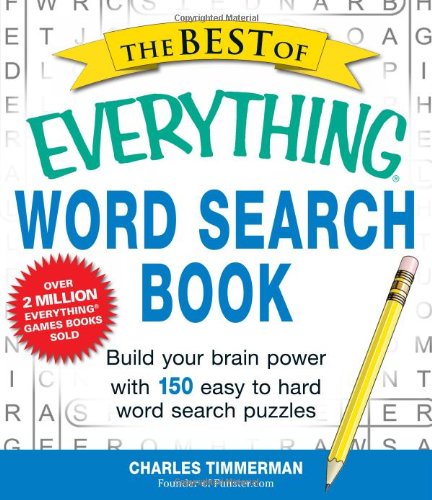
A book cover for The Best of Everything Word Search Book: Build Your Brain Power with 150 Easy to Hard Word Search Puzzles; Charles Timmerman; Humor & Entertainment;